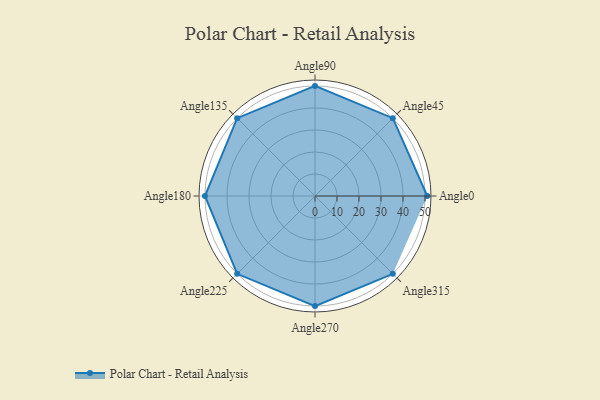
{"axis": {"x": "Angle", "y": "Radius"}, "legend": [""], "data": [{"x": "Angle0", "y": 51.0, "type": ""}, {"x": "Angle45", "y": 50, "type": ""}, {"x": "Angle90", "y": 50, "type": ""}, {"x": "Angle135", "y": 50, "type": ""}, {"x": "Angle180", "y": 50, "type": ""}, {"x": "Angle225", "y": 50, "type": ""}, {"x": "Angle270", "y": 50, "type": ""}, {"x": "Angle315", "y": 50, "type": ""}]}